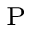
_ \mathrm { P }